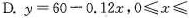
D. $$y=60-0.12x$$，$$0\leqslant x\leqslant $$